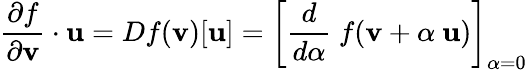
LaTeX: {\frac{\partial f}{\partial\mathbf{v}}}\cdot\mathbf{u}=Df(\mathbf{v})[\mathbf{u}]=\left[{\frac{d}{d\alpha}}~f(\mathbf{v}+\alpha~\mathbf{u})\right]_{\alpha=0}